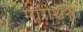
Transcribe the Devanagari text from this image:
मॉरीशश